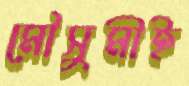
মৌসুমীই